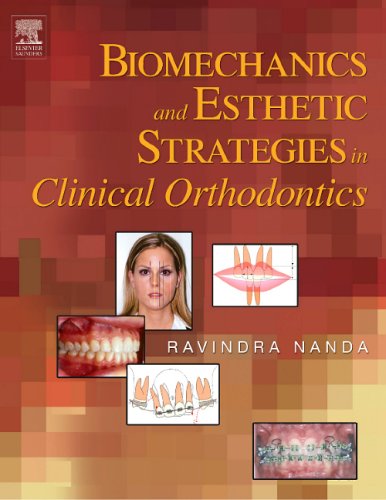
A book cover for Biomechanics and Esthetic Strategies in Clinical Orthodontics; Ravindra Nanda; Medical Books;